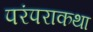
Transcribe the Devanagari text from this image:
परंपराकथा